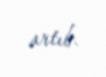
artıb.